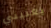
يعنيني